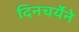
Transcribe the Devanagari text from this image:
दिनचर्येने